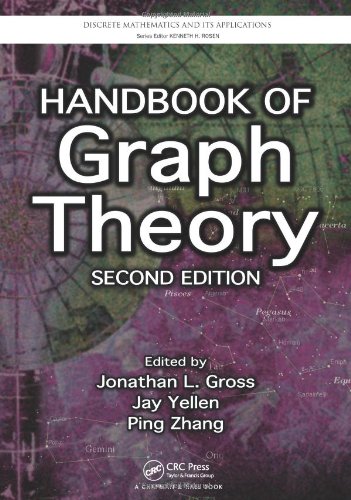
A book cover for Handbook of Graph Theory, Second Edition (Discrete Mathematics and Its Applications); Science & Math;